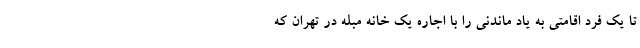
تا یک فرد اقامتی به یاد ماندنی را با اجاره یک خانه مبله در تهران که